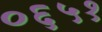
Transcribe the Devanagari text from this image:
०६५१